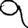
Digit: 9